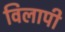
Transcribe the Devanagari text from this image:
विलापी